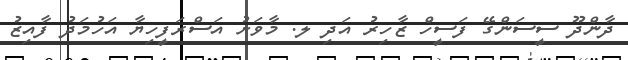
ދާންދޫ ސީސަންގޭ ފަސީހް ޒާހިރު އަދި ލ. މާވަށު އަސްރަފީހިޔާ އަހުމަދު ފާއިޒު